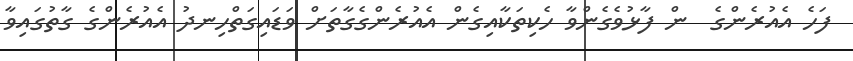
ފަހެ އެއުރެންގެ  ން ފާޅުވެގެންވާ ހެކިތަކާއިގެން އެއުރެންގެގާތަށް ވަޑައިގަތްހިނދު އެއުރެންގެ ގާތުގައިވާ